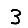
Digit: 3